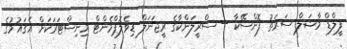
ފީލްޑް މާޝަލް ސަރަތު ފޮންސޭކާ -- ސްރީލަންކާގެ ރީޖަނަލް ޑިވެލޮޕްމެންޓް މިނިސްޓަރަކަށް އެޤައުމުގެ